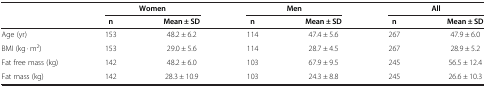
|  | <COLSPAN=2> Women | <COLSPAN=2> Men | <COLSPAN=2> All |
 |  | n | Mean ± SD | n | Mean ± SD | n | Mean ± SD |
 | --- | --- | --- | --- | --- | --- | --- |
 | Age (yr) | 153 | 48.2 ± 6.2 | 114 | 47.4 ± 5.6 | 267 | 47.9 ± 6.0 |
 | BMI (kg · m2) | 153 | 29.0 ± 5.6 | 114 | 28.7 ± 4.5 | 267 | 28.9 ± 5.2 |
 | Fat free mass (kg) | 142 | 48.2 ± 6.0 | 103 | 67.9 ± 9.5 | 245 | 56.5 ± 12.4 |
 | Fat mass (kg) | 142 | 28.3 ± 10.9 | 103 | 24.3 ± 8.8 | 245 | 26.6 ± 10.3 |